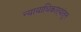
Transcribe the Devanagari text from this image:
न्यायाधिकाऱ्यांतून